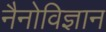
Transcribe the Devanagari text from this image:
नैनोविज्ञान